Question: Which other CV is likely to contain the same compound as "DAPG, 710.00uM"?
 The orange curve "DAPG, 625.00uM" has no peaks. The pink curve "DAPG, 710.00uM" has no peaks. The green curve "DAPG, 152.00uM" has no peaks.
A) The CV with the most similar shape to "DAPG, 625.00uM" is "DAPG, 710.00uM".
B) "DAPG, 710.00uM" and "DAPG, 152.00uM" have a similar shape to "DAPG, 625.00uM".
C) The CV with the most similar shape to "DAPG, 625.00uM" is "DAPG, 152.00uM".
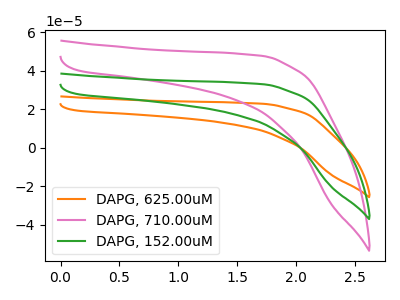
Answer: <think>Neither "DAPG, 625.00uM" or "DAPG, 710.00uM" have any peaks. Neither "DAPG, 625.00uM" or "DAPG, 152.00uM" have any peaks. Neither "DAPG, 710.00uM" or "DAPG, 152.00uM" have any peaks.
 </think>
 <answer>B) "DAPG, 710.00uM" and "DAPG, 152.00uM" have a similar shape to "DAPG, 625.00uM".</answer>
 <eval>B</eval>